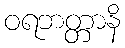
ဝရဘတ္တာနိ